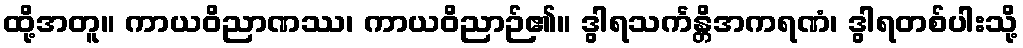
ထို့အတူ။ ကာယဝိညာဏဿ၊ ကာယဝိညာဉ်၏။ ဒွါရသင်္ကန္တိအကရဏံ၊ ဒွါရတစ်ပါးသို့